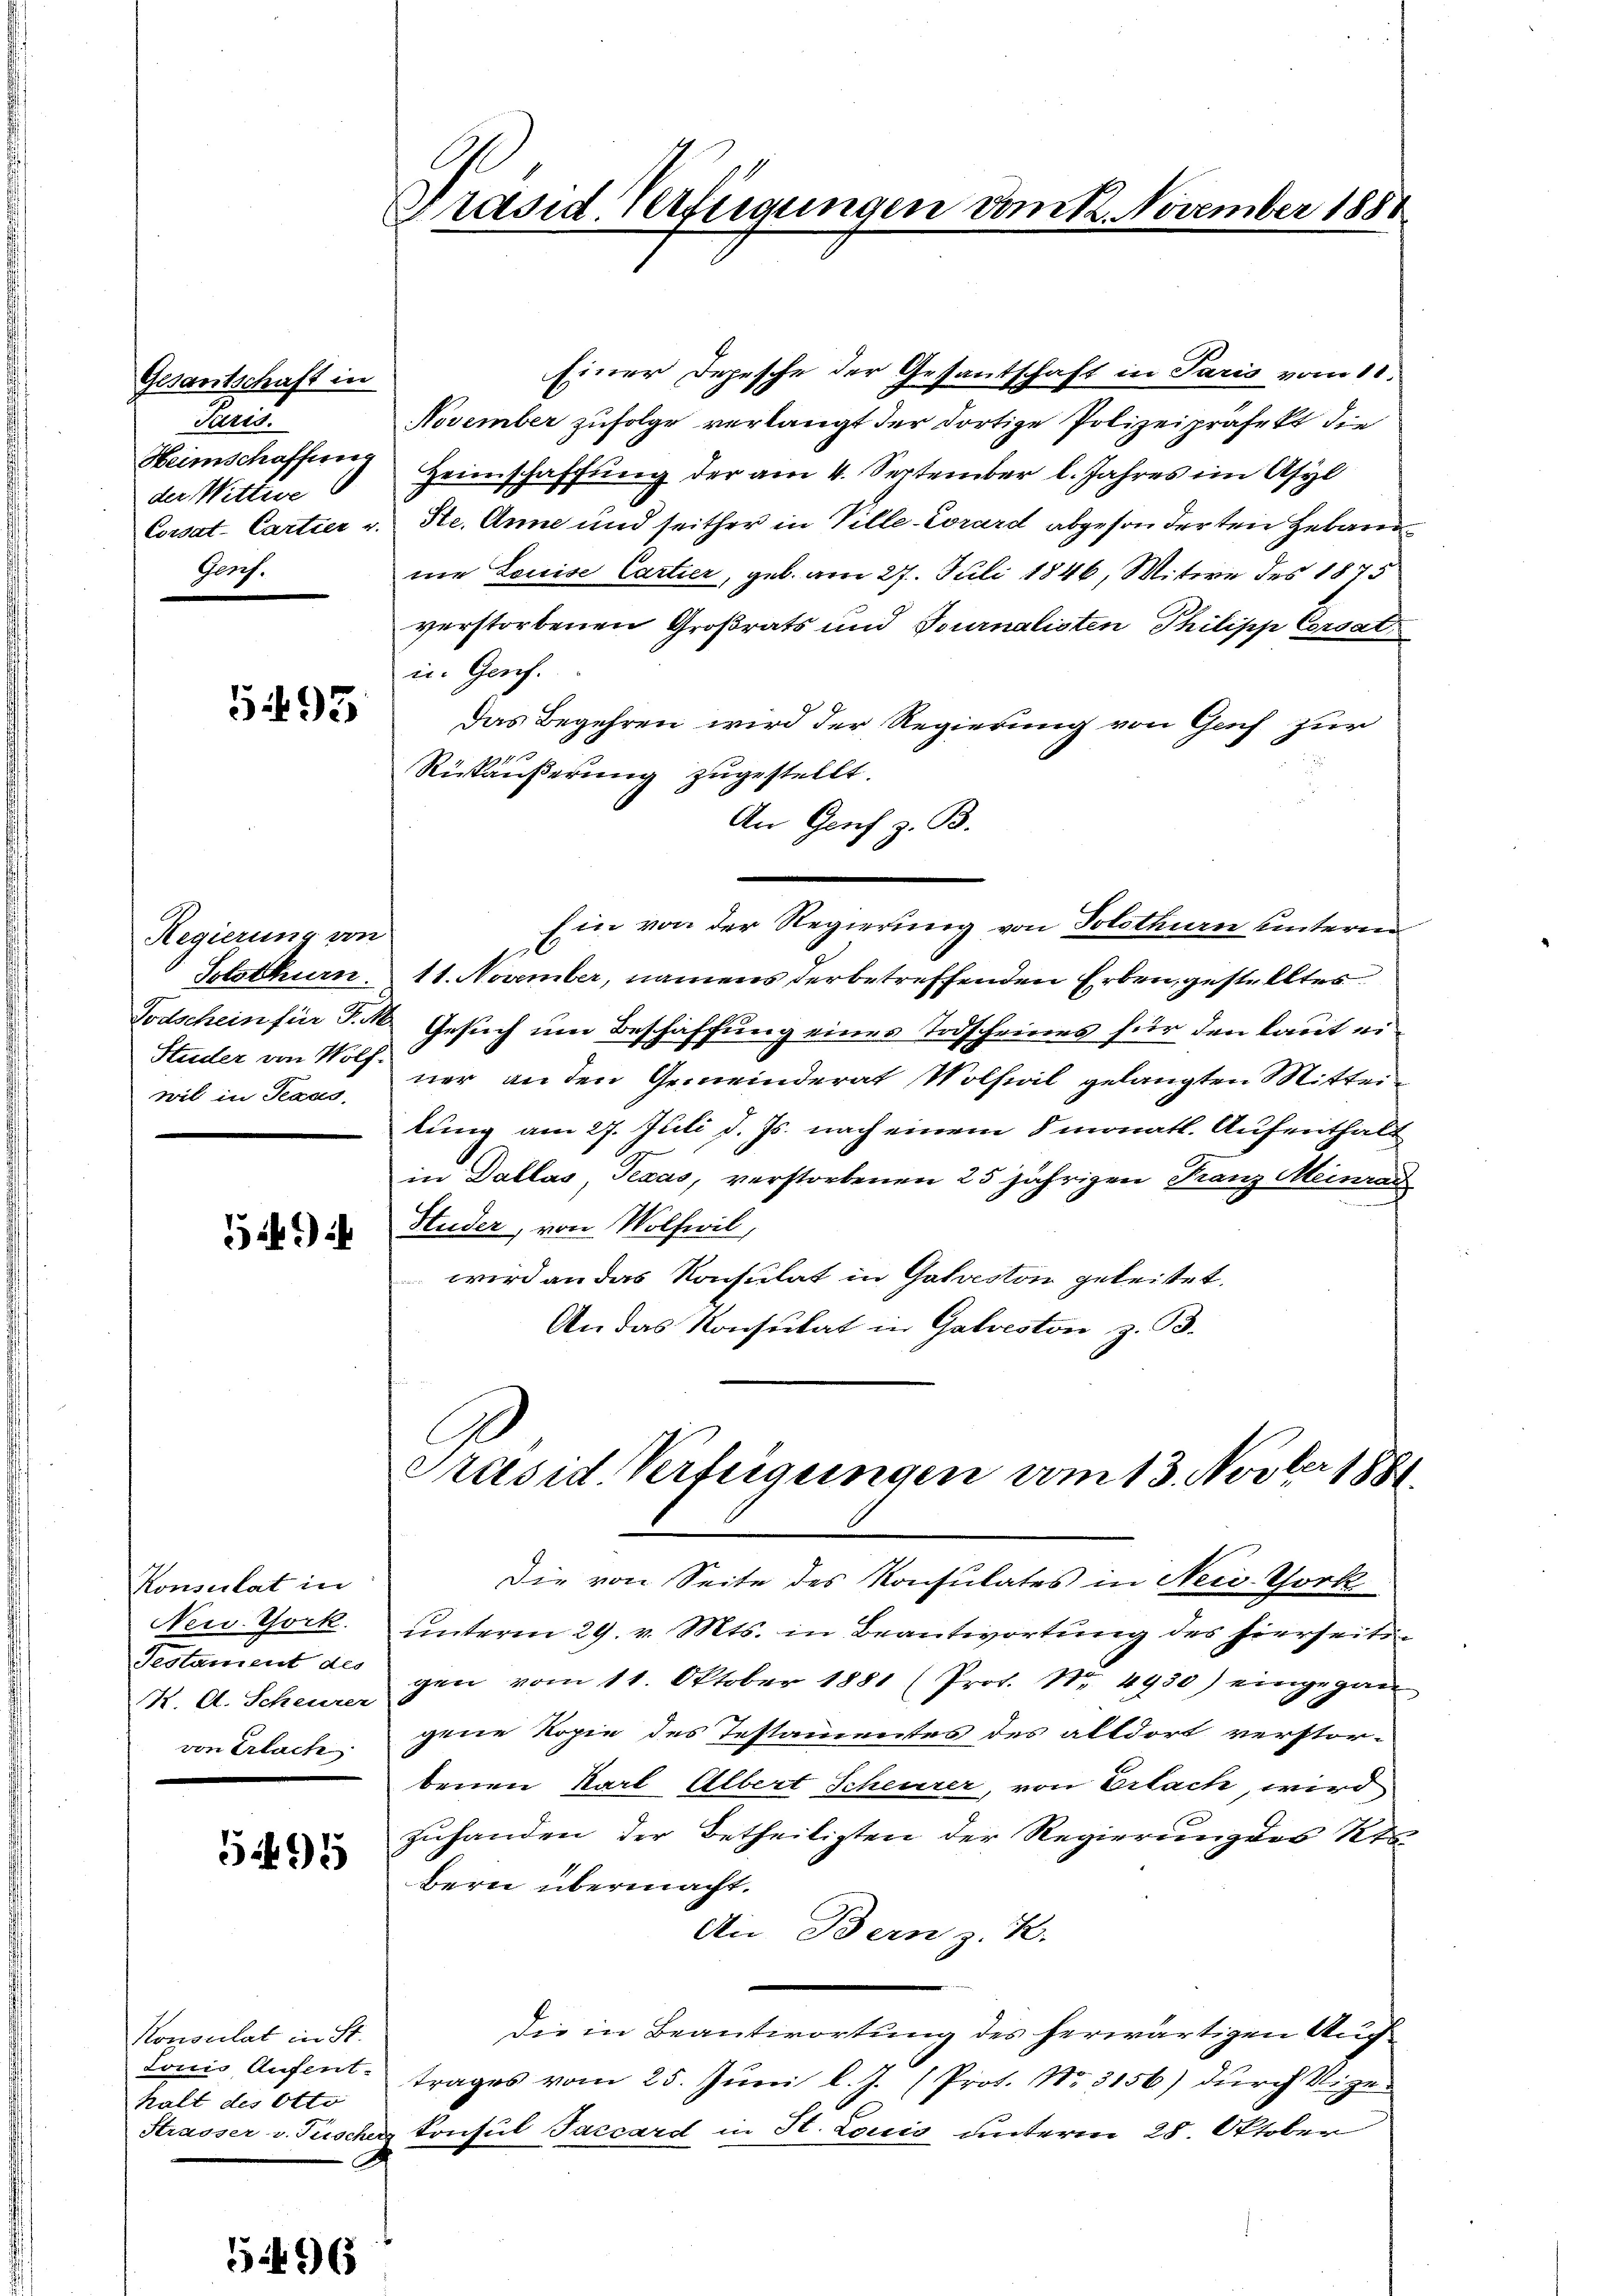
Gesantschaft in
Paris.
der Wittwe
Garf.

5493

Regierung von
wil in Teaus

54)

Konsulat in
New York.
K. A. Scheurer
von Erlach

5495

Konsulat in St.
halt des Otto

5496

Präsid. Verfügungen dank. November 1888

Einer Depesche der Gesantschaft in Paris vom 10.
November zufolge verlangt der dortige Polizeipräfekt die
Heimschaffen. Heimschaffŭng der am 4. September l. Jahres im Asyl
Corsat- Cartier v. Ste. Anne und seither in Ville-Corard abgesonderten Hebam
nie Louise Cartier, geb. am 27. Juli 1846, Witwe des 1875
verstorbenen Großrats und Tournalisten Philipp Corsat
in Genf.
Das Begehren wird der Regierung von Genf zur
Rückäußerung zugestellt.
An Genf z. B.
Ein von der Regierung von Solothurn unterm
Solothurn 11. November, namens derbetreffenden Erben, gestelltes
Todschein für P. M. Gesuch um Beschaffung eines Todscheines für den laut ei¬
Studer von Not ner an den Gemeinderat Wolfeil gelangten Mitteilung am 27. Juli d. Js. nach einem 8 monatl. Aufenthalt
in Dallas, Texas, verstorbenen 25 jährigen Kanz Meinrad
Studer, von Wolfwil,
wird an das Konsulat in Galveston geleitet.
An das Konsulat in Galveston z. B.

Präsid. Verfügungen vom 13. Novber 1881.

Die von Seite des Konsulates in Neid Thork
unterm 29. v. Mts. in Beantwortung des hierseits¬
Testament des gen vom 11. Oktober 1881 (Prot. Nr. 4930) eingegan
gene Kopie des Testamentes des alldort verstor-
benen Karl Albert Scheurer, von Erlach, wird
zuhanden, der Betheiligten der Regierung des Kt
Bern übermacht.
An Bern z. K.
die in Beantwortung des herwärtigen Auch
Lonis Aufent trages vom 25. Jŭni l. J. (Prot. No. 3156) dŭrch Vize-
Strasser v. Frischer Konsul Taccard in St. Louis unterm 28. Oktober